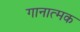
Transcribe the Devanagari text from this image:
गानात्मक